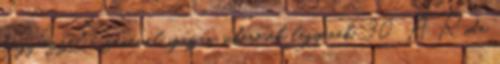
hogy ezzel a zenével igazán sikeresek legyenek”. 30 A Ride